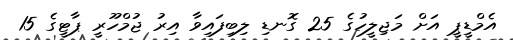
އެމްޑީޕީ އަށް މަޖިލީހުގެ 25 ގޮނޑި ލިބިފައިވާ އިރު ޖުމްހޫރީ ޕާޓީގެ 15